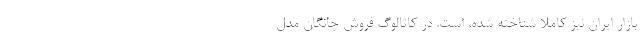
بازار ایران نیز کاملا شناخته شده، است. در کاتالوگ فروش چانگان مدل